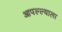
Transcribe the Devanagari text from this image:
आपल्ल्याला